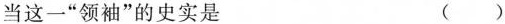
当这一“领袖”的史实是 ( )